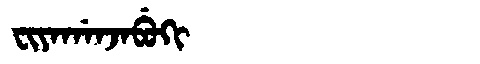
Manchu: ᠸᡳᠶᠠᡤᠠᠨᠵᠠᠪᡠᡴᡳ
Romanization: FIYAGANJABUKI